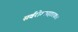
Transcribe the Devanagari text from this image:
सर्वरोगापहारकः।